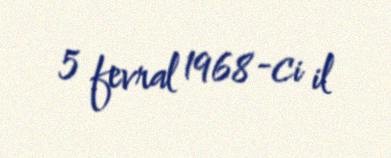
5 fevral 1968-ci il